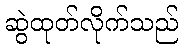
ဆွဲထုတ်လိုက်သည်